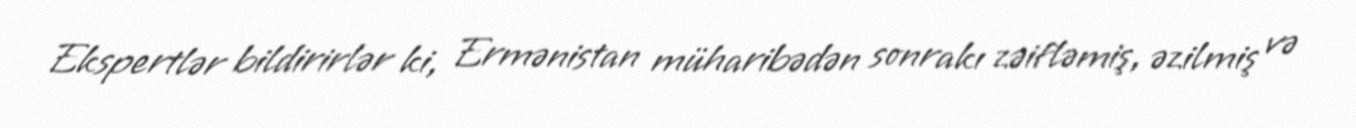
Ekspertlər bildirirlər ki, Ermənistan müharibədən sonrakı zəifləmiş, əzilmiş və